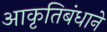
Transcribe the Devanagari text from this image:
आकृतिबंधाने